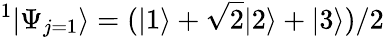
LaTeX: ^1|\Psi_{j=1}\rangle=(|1\rangle+\sqrt{2}|2\rangle+|3\rangle)/2